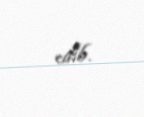
edib.